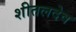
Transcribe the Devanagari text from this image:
शीतलदेव